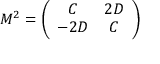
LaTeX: M ^ { 2 } = \left( \begin{array} { c c } { { C } } & { { 2 D } } \\ { { - 2 D } } & { { C } } \end{array} \right)